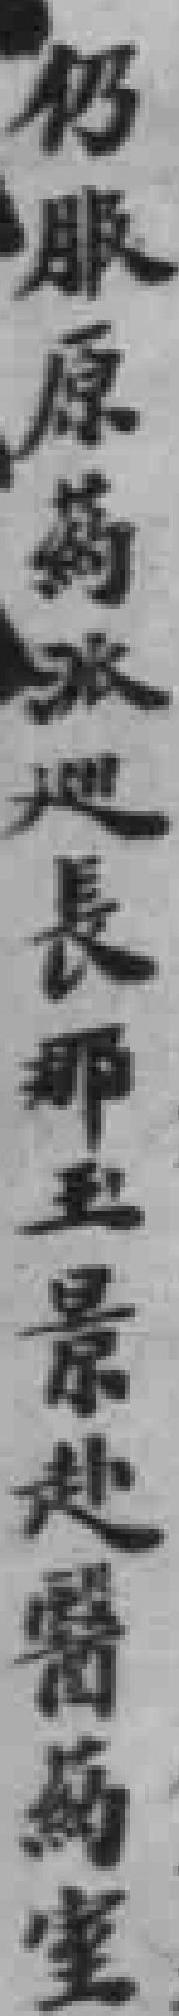
仍服原葯派巡長那玉景赴醫葯室